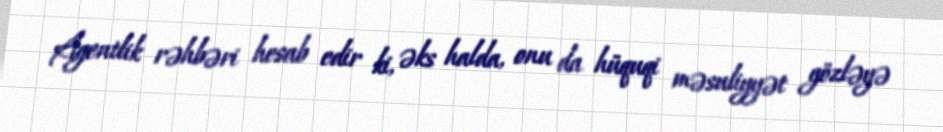
Agentlik rəhbəri hesab edir ki, əks halda, onu da hüquqi məsuliyyət gözləyə